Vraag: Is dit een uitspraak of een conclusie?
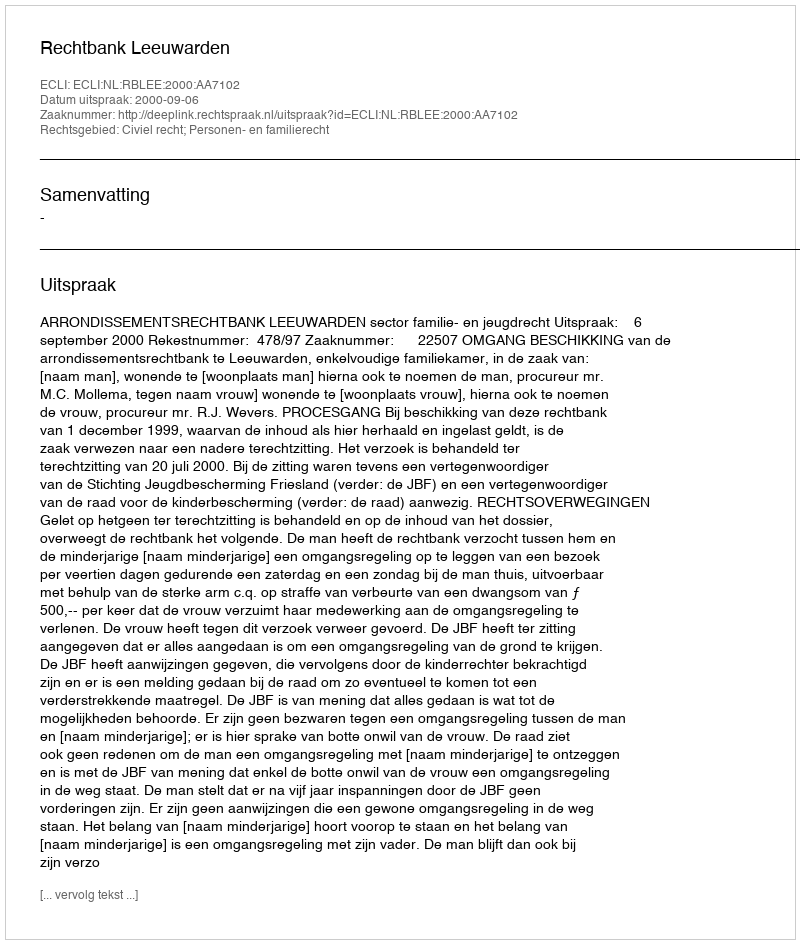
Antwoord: Uitspraak